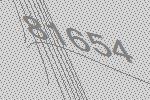
81654